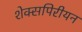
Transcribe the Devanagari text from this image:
शेक्सपिरीयन